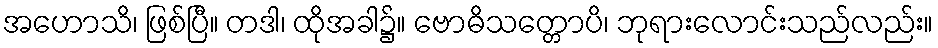
အဟောသိ၊ ဖြစ်ပြီ။ တဒါ၊ ထိုအခါ၌။ ဗောဓိသတ္တောပိ၊ ဘုရားလောင်းသည်လည်း။